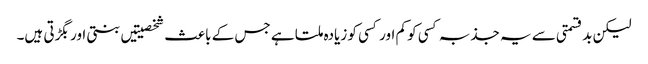
لیکن بدقسمتی سے یہ جذبہ کسی کو کم اور کسی کو زیادہ ملتا ہے جس کے باعث شخصیتیں بنتی اور بگڑتی ہیں۔